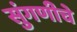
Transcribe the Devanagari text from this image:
सुंगणीचे